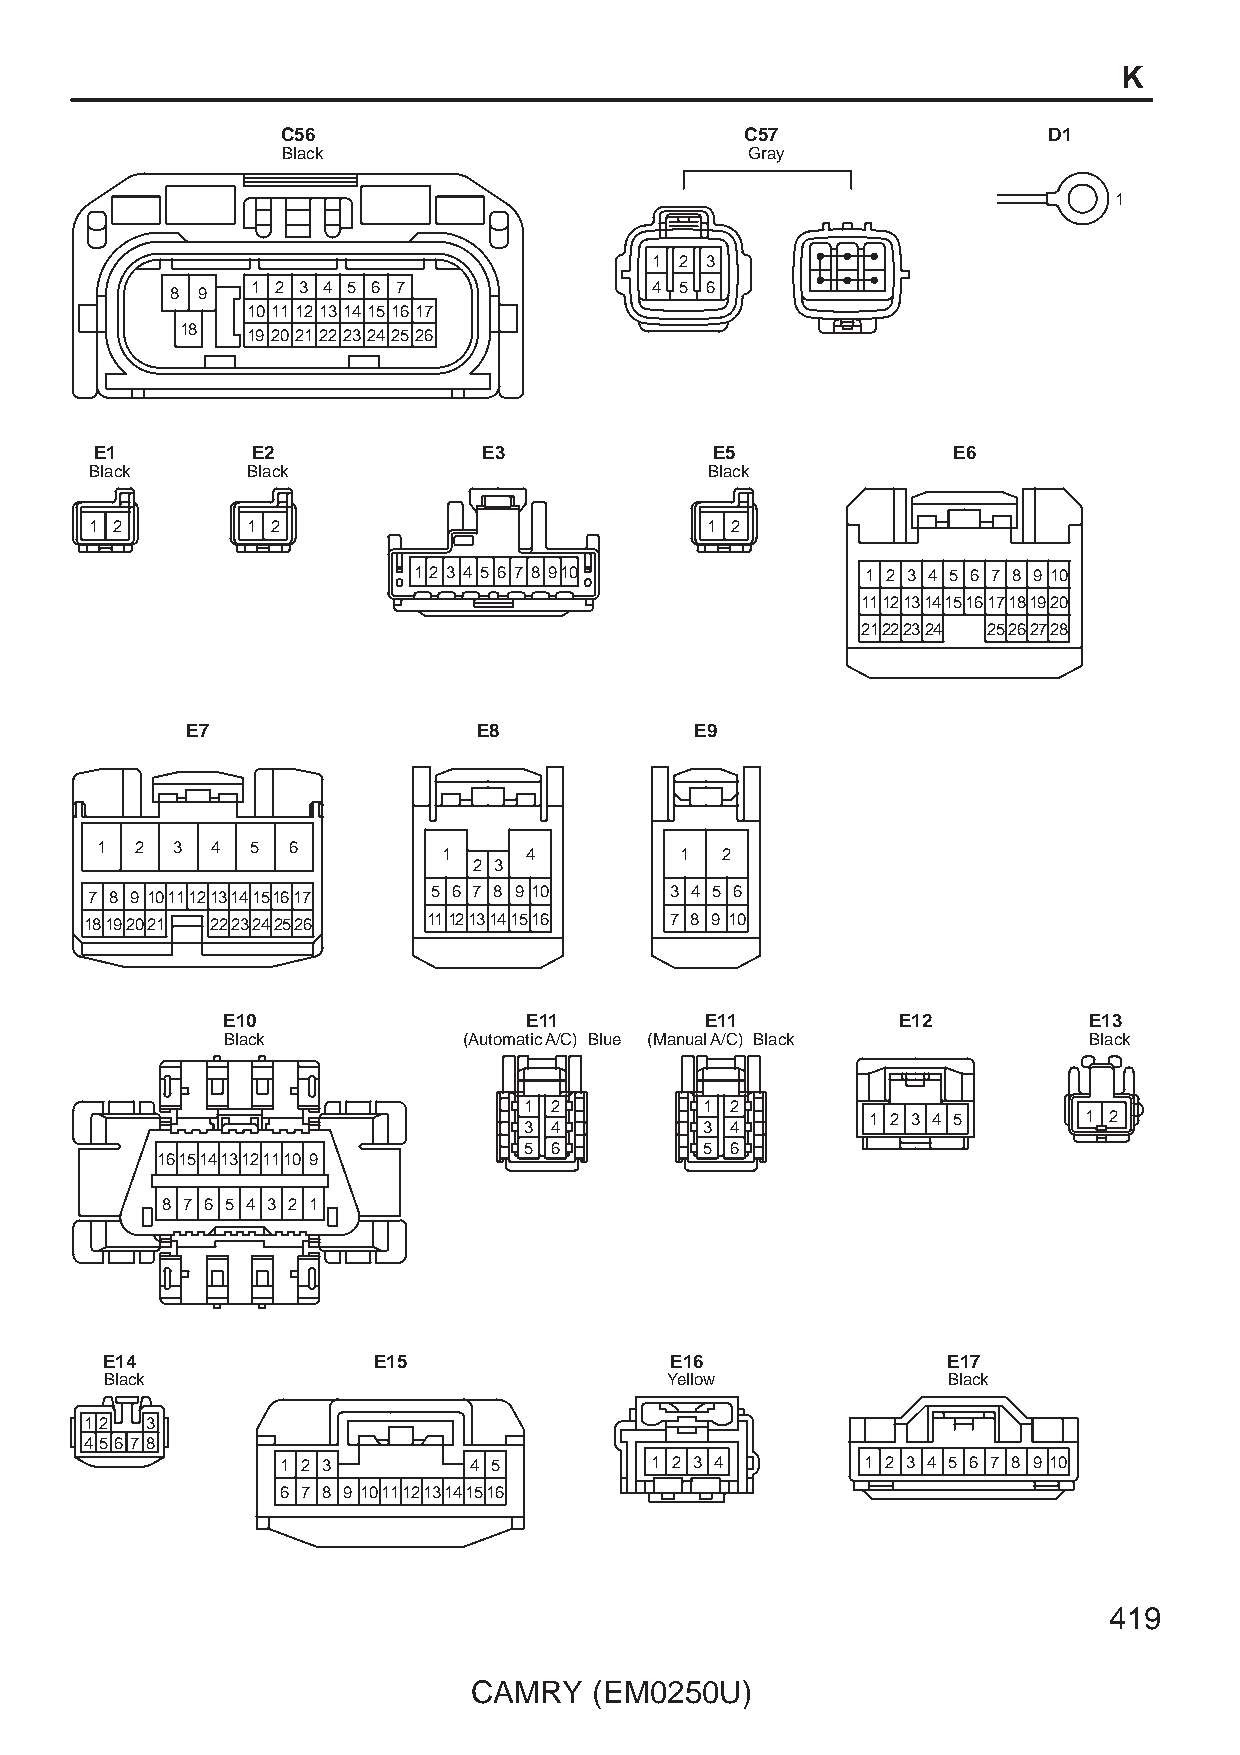
K
 C56                           C57                 D1
 Black                          Gray
 1
 1 2 3
 8 9   1 2 3 4 5 6 7             4 5 6
 1011121314151617
 18  19 20212223242526
 E1         E2             E3             E5              E6
 Black     Black                          Black
 1 2       1 2                            1 2
 1 2 3 4 5 6 7 8 910           1 2 3 4 5 6 7 8 9 10
 11121314151617181920
 21222324 25262728
 E7                  E8            E9
 1  2  3 4  5 6
 1     4         1  2
 2 3
 7 8 9 1011121314151617 5 6 7 8 9 10   3 4 5 6
 18192021 2223242526   111213141516    7 8 9 10
 E10                 E11         E11         E12          E13
 Black           (Automatic A/C) Blue (Manual A/C) Black  Black
 1 2         1 2
 1 2 3 4 5      1 2
 3 4         3 4
 5 6         5 6
 16151413121110 9
 8 7 6 5 4 3 2 1
 E14               E15                E16                E17
 Black                                Yellow             Black
 12  3
 456 7 8
 1 2 3       4 5         1 2 3 4       1 2 3 4 5 6 7 8 9 10
 6 7 8 9 10111213141516
 419
 CAMRY   (EM0250U)